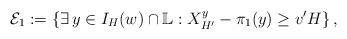
LaTeX: \begin{align*}\mathcal{E}_1 := \left\{\exists \, y \in I_{H}(w)\cap \mathbb{L} : X^{y}_{H^\prime} - \pi_1(y) \geq v^{\prime} H \right\},\end{align*}